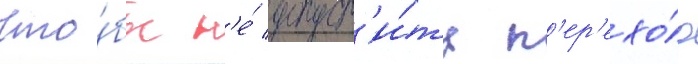
Что́бы н'е́ допуст'и́ть п'ер'ехо́д